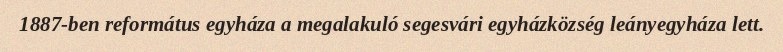
1887-ben református egyháza a megalakuló segesvári egyházközség leányegyháza lett.